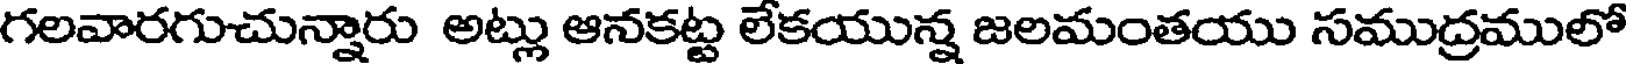
గలవారగుచున్నారు అట్లు ఆనకట్ట లేకయున్న జలమంతయు సముద్రములో